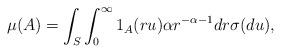
LaTeX: \begin{align*}\mu(A) = \int_{S} \int_0^\infty 1_{A}(r u) \alpha r^{-\alpha-1}dr \sigma(du),\end{align*}